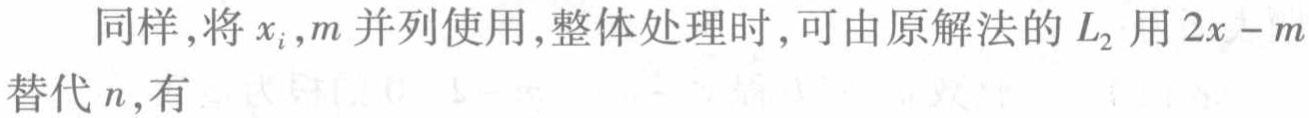
同样，将 \(x_{i},m\) 并列使用，整体处理时，可由原解法的 \(L_{2}\) 用 \(2x - m\) 替代 \(n\)，有